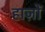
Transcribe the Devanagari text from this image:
हाज़ों